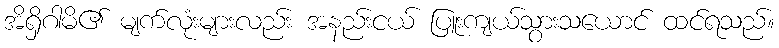
အိရှိဂါမိ၏ မျက်လုံးများလည်း အနည်းငယ် ပြူးကျယ်သွားသယောင် ထင်ရသည်။